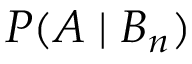
P ( A \mid B _ { n } )